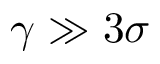
\gamma \gg 3 \sigma